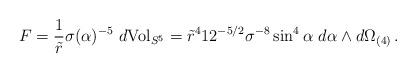
LaTeX: \begin{align*}F= \frac{1}{\tilde r} \sigma(\alpha)^{-5}\ d{\rm Vol}_{S^5} =\tilde r^4 12^{-5/2} \sigma^{-8}\sin^4\alpha\ d\alpha\wedge d\Omega_{(4)} \,.\end{align*}